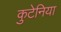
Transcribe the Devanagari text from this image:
कुटेनिया